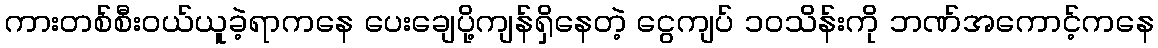
ကားတစ်စီးဝယ်ယူခဲ့ရာကနေ ပေးချေပို့ကျန်ရှိနေတဲ့ ငွေကျပ် ၁ဝသိန်းကို ဘဏ်အကောင့်ကနေ